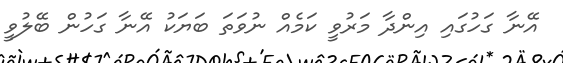
އޭނާ ގަހުގައި އިންދާ މަރުވީ ކަމެއް ނުވަތަ ބަޔަކު އޭނާ ގަހުން ބޭލުވީ